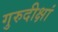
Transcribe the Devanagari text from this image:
गुरुदीक्षां